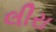
લીરા